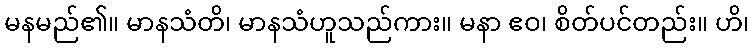
မနမည်၏။ မာနသံတိ၊ မာနသံဟူသည်ကား။ မနာ ဧဝ၊ စိတ်ပင်တည်း။ ဟိ၊